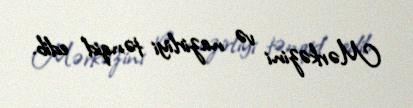
Mərkəzini və nazirliyi tənqid edib.